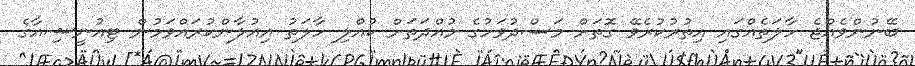
ބޭނުންވެއްޖެ ހާލަތެއްގައި އިތުރުކުރެވޭ ގޮތަށް މަސްދުވަހުގެ މުއްދަތަށް ކުއްލި ހާލަތު އިއުުލާންކުރައްވަމުން ޓިއުނީޝިއާގެ